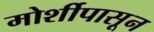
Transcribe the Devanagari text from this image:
मोर्शीपासून